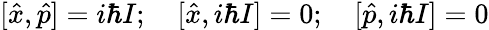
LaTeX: [{\hat{x}},{\hat{p}}]=i\hbar I;\quad[{\hat{x}},i\hbar I]=0;\quad[{\hat{p}},i\hbar I]=0